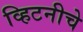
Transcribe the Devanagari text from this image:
व्हिटनीचे